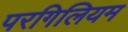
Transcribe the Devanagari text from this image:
परगिलियम